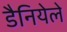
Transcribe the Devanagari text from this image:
डैनियेले